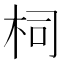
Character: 柌